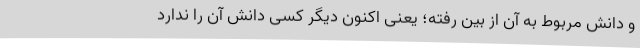
و دانش مربوط به آن از بین رفته؛ یعنی اکنون دیگر کسی دانش آن را ندارد